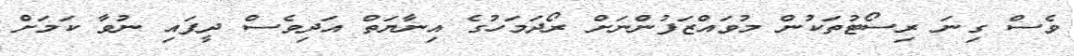
ވެސް ގިނަ ރިސޯޓުތަކުން މުވައްޒަފުންނަށް ރޯދަމަހުގެ އިނާޔަތް އަދިވެސް ދީފައި ނުވާ ކަމަށް